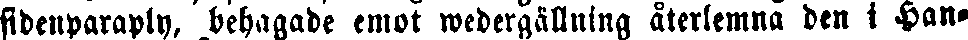
fidenparaply, behagade emot wedergällning återlemna den i Han-